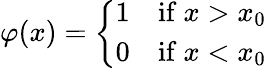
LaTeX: \varphi(x)={\left\{ \begin{array}{ll}{1}&{{\mathrm{if~}}x>x_{0}}\\ {0}&{{\mathrm{if~}}x<x_{0}}\end{array}\right.}